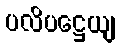
ပလိပဋ္ဌေယျ